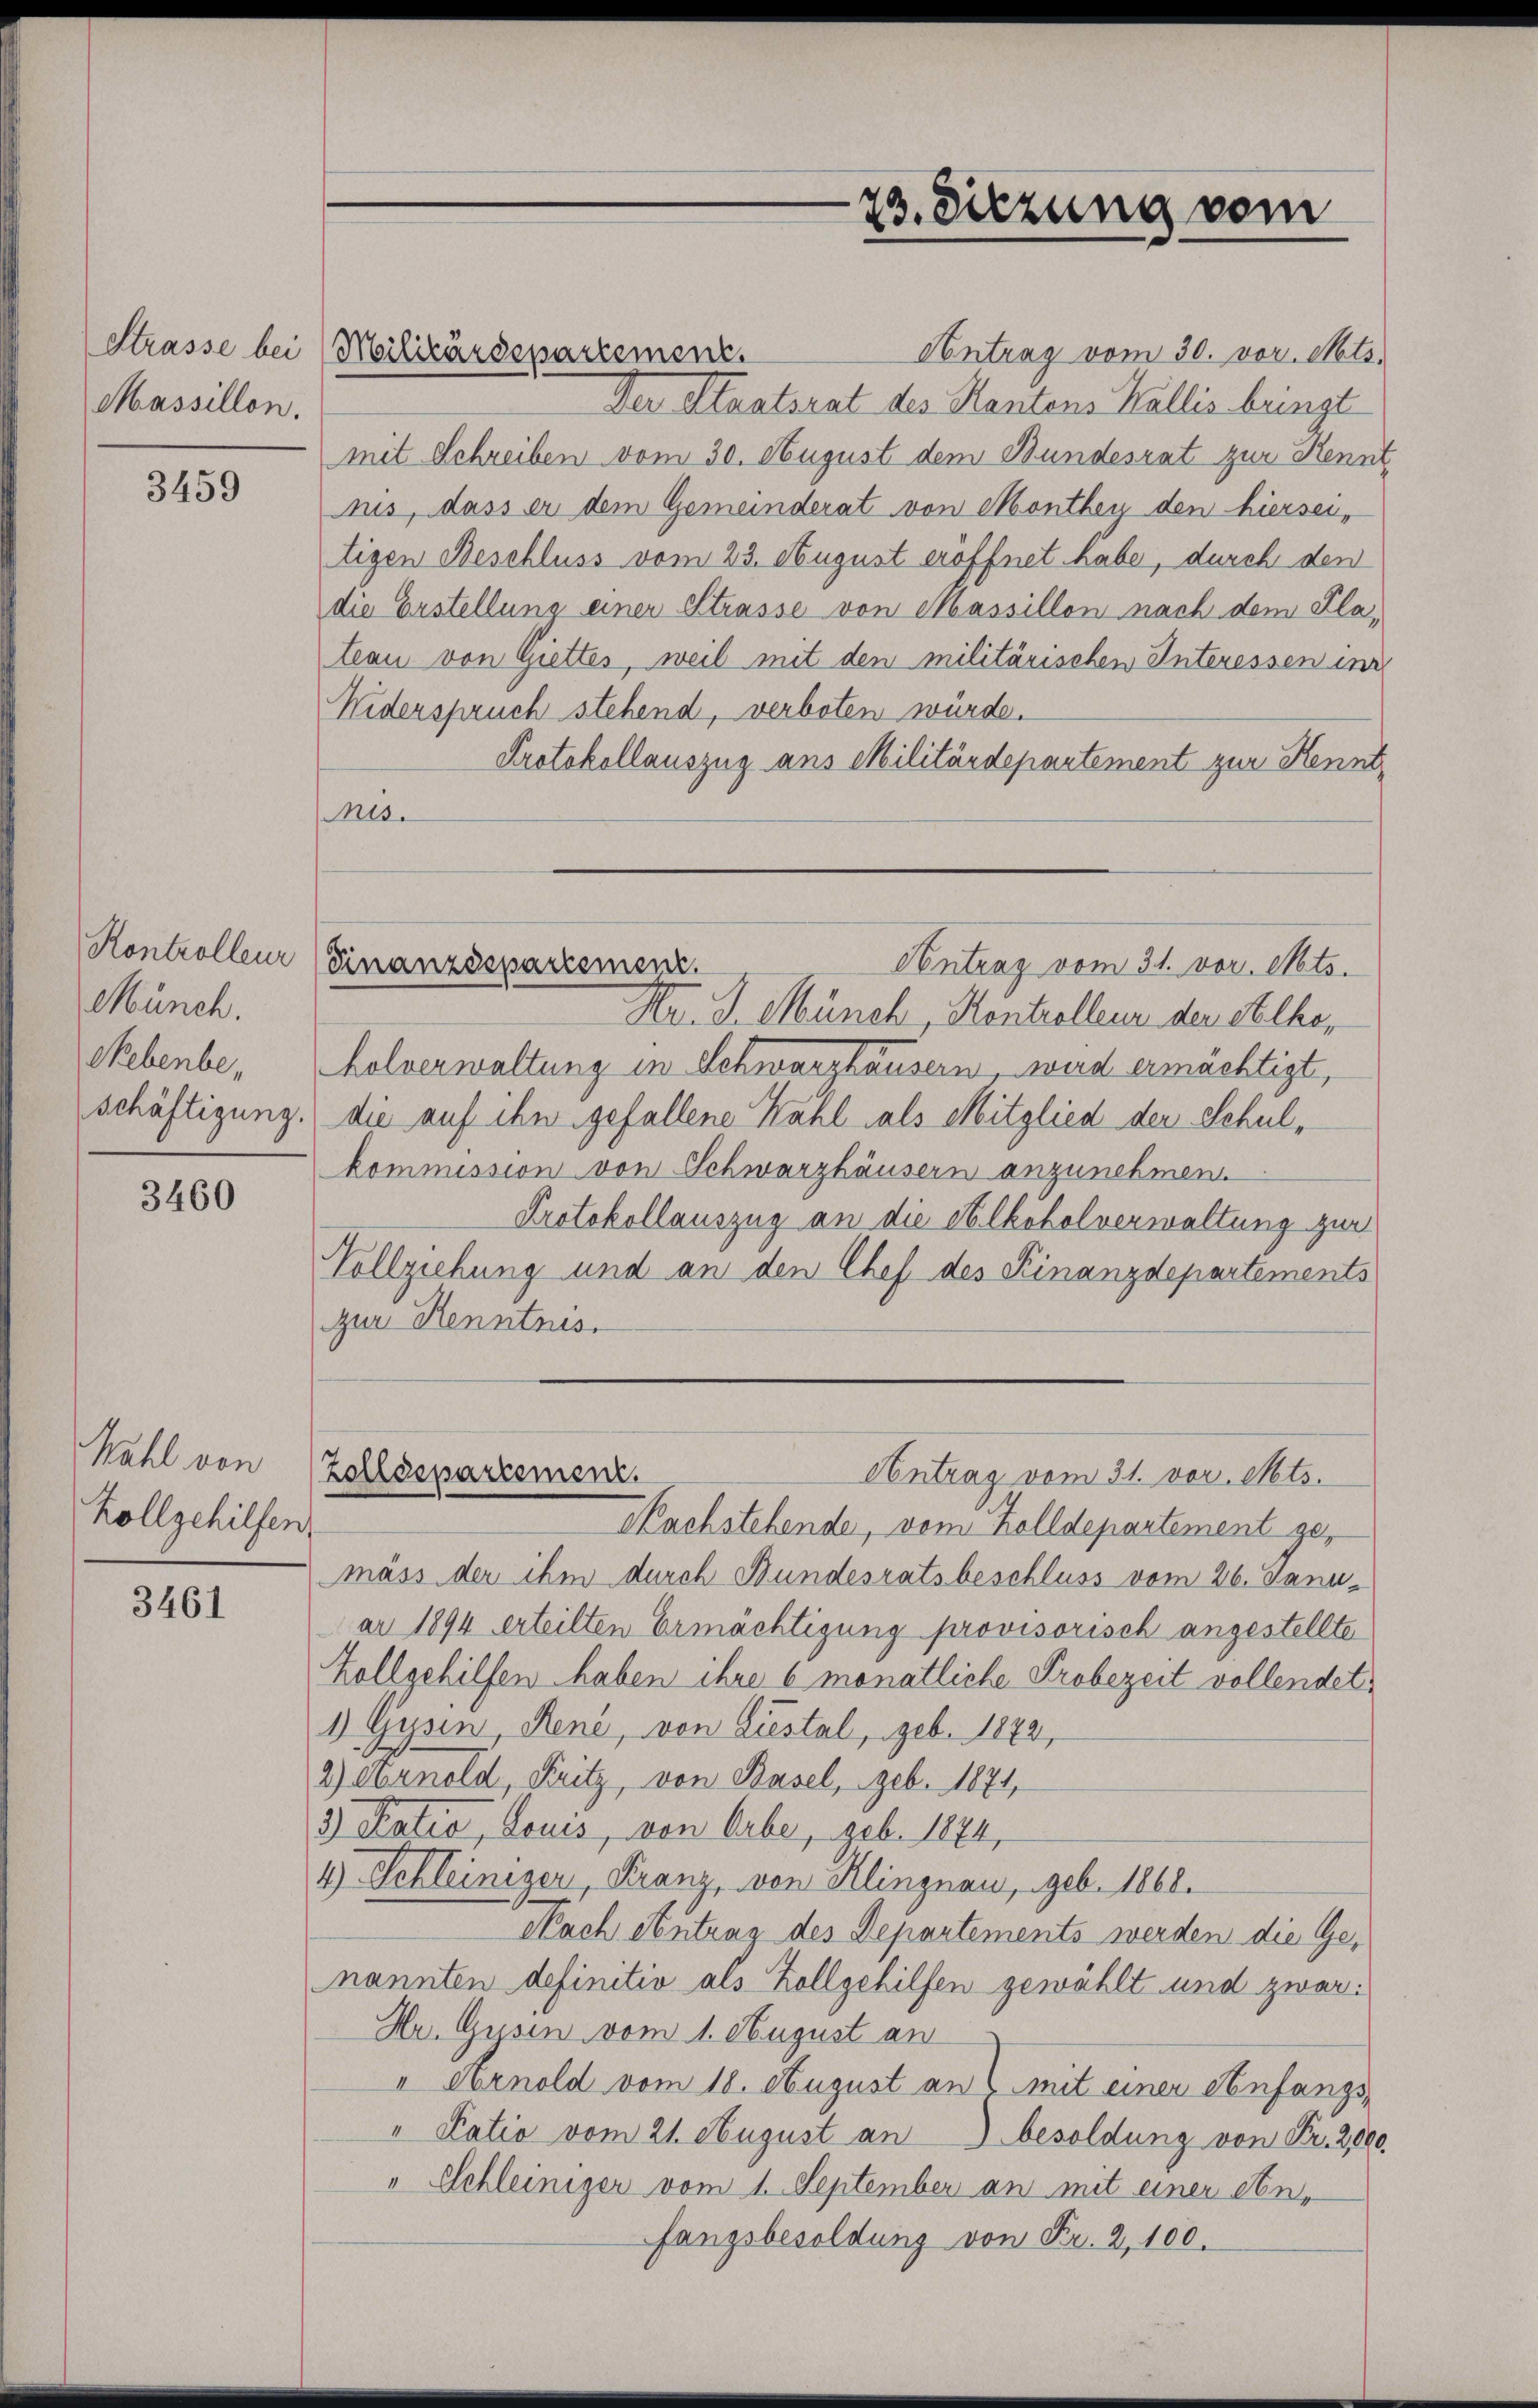
Massillon.

3459

Kontrolleur
Münch.
Nebenbe,

3460

Wahl von
Zollgehilfen.

3461

Antrag vom 30. vor. Mts.
Der Staatsrat des Hantens Wallis bringt
mit Schreiben vom 30. August dem Bundesrat zur Kennt,
nis, dass er dem Gemeinderat von Monthey den hierseitigen Beschluss vom 23. August eröffnet habe, durch den
die Erstellung einer Strasse von Massillon nach dem Plateau von Giettes, weil mit den militärischen Interessen in
Widerspruch stehend, verboten würde.
Protokollauszug aus Militärdepartement zur Kennt¬
Mis.
Hr. J. Münch, Kontrolleur der Abtho¬
Holverwaltung in Schwarzhäusern, wird ermächtigt,
schäftigung. die auf ihn gefallene Wahl als Mitglied der Schulkommission von Schwarzhäusern anzunehmen.
Protokollauszug an die Alkoholverwaltung zur
Vollziehung und an den Chef des Finanzdepartements
zur Kenntnis.
Zolldepartement.
Antrag vom 31. vor. Mts.
Nachstehende, vom Zolldepartement gemäss der ihm durch Bundesratsbeschluss vom 26. Janu
ar 1894 erteilten Ermächtigung provisorisch angestellte
Zollgehilfen haben ihre 6 monatliche Probezeit vollendet
1) Gysin, René, von Liestal, geb. 1872,
2) Arnold, Fritz, von Basel, geb. 1871,
3) Katio, Louis, von Erbe, seb. 1874,
4) Schleiniger, Kranz, von Klingnau, geb. 1868.
Nach Antrag des Departements werden die Genannten definitiv als Zollgehilfen gewählt und zwar:
Hr. Gusen vom 1. August an
I Arnold vom 18. August an mit einer Anfangs-
" Patio vom 21. August an besoldung von Fr. 2000.
" Schleiniger vom 1. September an mit einer An-
fangsbesoldung von Fr. 2, 100.

Strasse bei Militärdepartement.

73. Diezung vom

Finanzdepartemen
Centrag vom 31. vor. Mts.